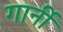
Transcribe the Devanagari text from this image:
गार्नी